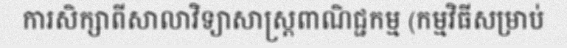
ការសិក្សាពីសាលាវិទ្យាសាស្ត្រពាណិជ្ជកម្ម (កម្មវិធីសម្រាប់